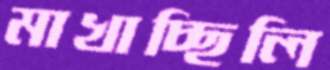
মাখাচ্ছিলি